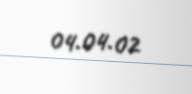
04.04.02